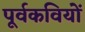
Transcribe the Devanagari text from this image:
पूर्वकवियों